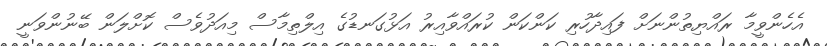
އެހެންވީމާ ރައްޔިތުންނަށް ފައިދާހުރި ކަންކަން ކުރައްވާއިރު އަޅުގަނޑުގެ އިލްތިމާސް މިއަދުވެސް ކޮށްލަން ބޭނުންވަނީ